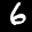
Label: 6